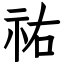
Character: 祐